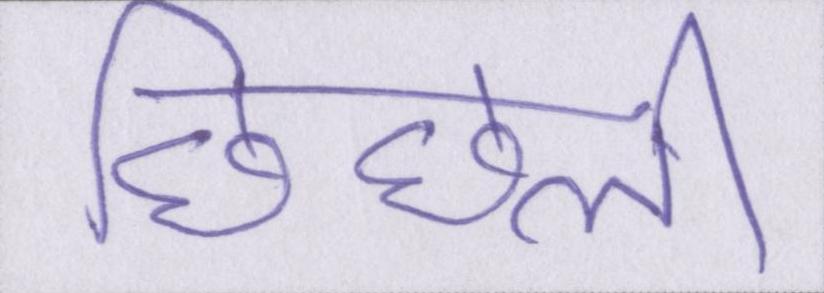
छिछली